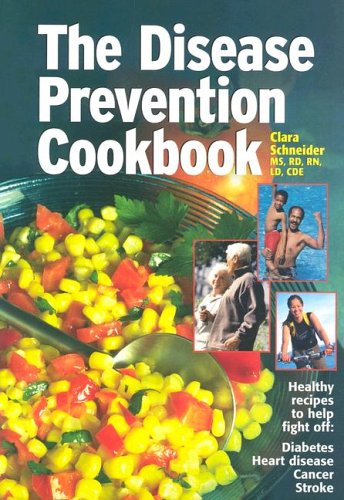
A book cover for Disease Prevention Cookbook; Clara Schneider; Health, Fitness & Dieting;